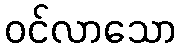
ဝင်လာသော